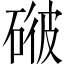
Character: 𥓳